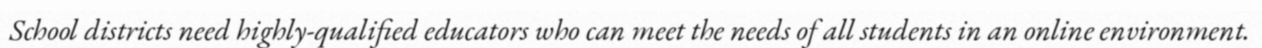
School districts need highly-qualified educators who can meet the needs of all students in an online environment.